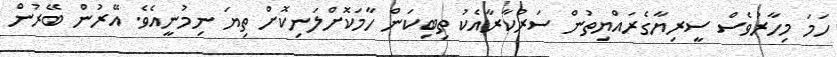
ހަމަ މިހާރުވެސް ސީރިޔާގެރައްޔިތުން ސަރުކާރާއެކު ތިބިކަން ހާމަކޮށްލަނިކޮށް ތިޔަ ނިމުނީއެވެ. އޭރުން ބޭރުން